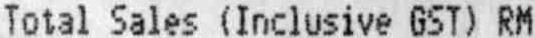
TOTAL SALES (INCLUSIVE GST) RM